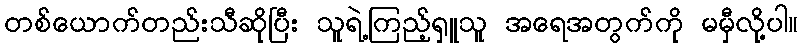
တစ်ယောက်တည်းသီဆိုပြီး သူရဲ့ကြည့်ရှူသူ အရေအတွက်ကို မမှီလို့ပါ။